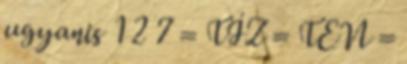
ugyanis 1 2 7 = TÍZ = TEN =